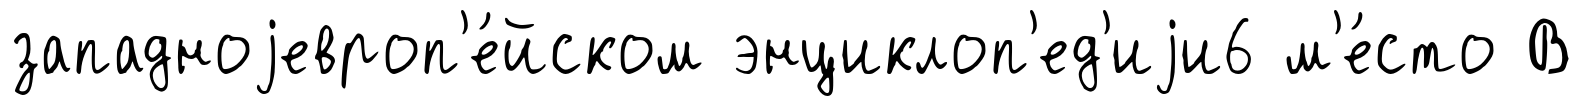
западноjевроп'е́йском энциклоп'ед'иjи6 м'е́сто В